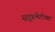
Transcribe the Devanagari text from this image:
सद्गुरूभेटीचा